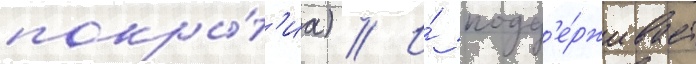
покры́т'иа) // И́ подд'е́рживает